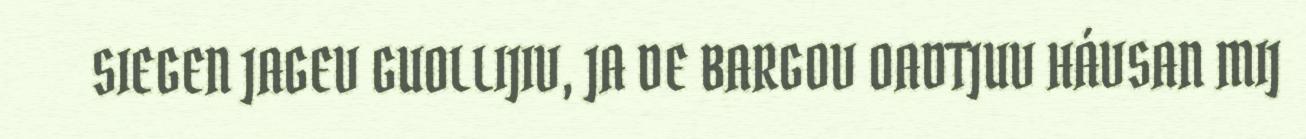
SIEGEN JAGEV GUOLLIJIV, JA DE BARGOV OADTJUV HÁVSAN MIJ